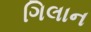
ગિલાન